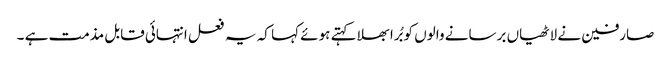
صارفین نے لاٹھیاں برسانے والوں کو بُرا بھلا کہتے ہوئے کہا کہ یہ فعل انتہائی قابل مذمت ہے ۔